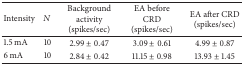
| Intensity | N | Background activity(spikes/sec) | EA before CRD(spikes/sec) | EA after CRD(spikes/sec) |
 | --- | --- | --- | --- | --- |
 | 1.5 mA | 10 | 2.99 ± 0.47 | 3.09 ± 0.61 | 4.99 ± 0.87 |
 | 6 mA | 10 | 2.84 ± 0.42 | 11.15 ± 0.98 | 13.93 ± 1.45 |